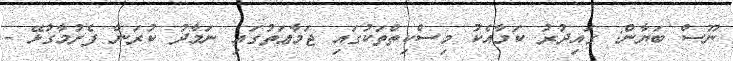
ނޫސް ބަޔާން: ގައިދުރު ކަމާއެކު މިސްކިތްތަކުގައި ޖަމާޢަތުގައި ނަމާދު ކުރަން ފެށުމާގުޅޭ -